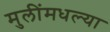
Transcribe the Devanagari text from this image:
मुलींमधल्या